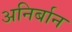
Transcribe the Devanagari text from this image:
अनिर्बान